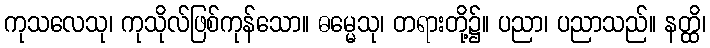
ကုသလေသု၊ ကုသိုလ်ဖြစ်ကုန်သော။ ဓမ္မေသု၊ တရားတို့၌။ ပညာ၊ ပညာသည်။ နတ္ထိ၊